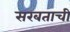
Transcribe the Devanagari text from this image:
सरबताची